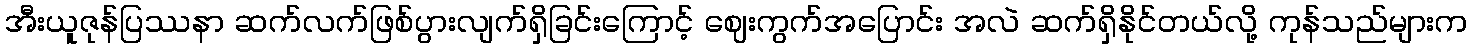
အီးယူဇုန်ပြဿနာ ဆက်လက်ဖြစ်ပွားလျက်ရှိခြင်းကြောင့် ဈေးကွက်အပြောင်း အလဲ ဆက်ရှိနိုင်တယ်လို့ ကုန်သည်များက